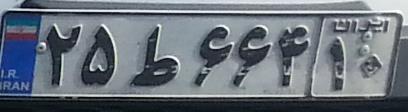
۲۵ط۶۶۴۱۰